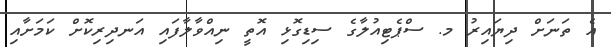
އެ ތަނަށް ދިޔައިރު މ. ސްޕެޓިއުލާގެ ސިޑިގޮޅި އޮތީ ނިއްވާލާފައި އަނދިރިކޮށް ކަމަށާއި